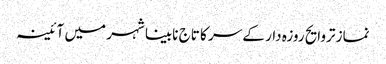
نماز تروایح روزہ دار کے سر کا تاج	 نابینا شہر میں آئینہ